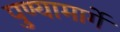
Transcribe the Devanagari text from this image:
पुण्यामार्गे